Annual vaccination report of Bihar and Orissa - 1911-1928
Year: 1911
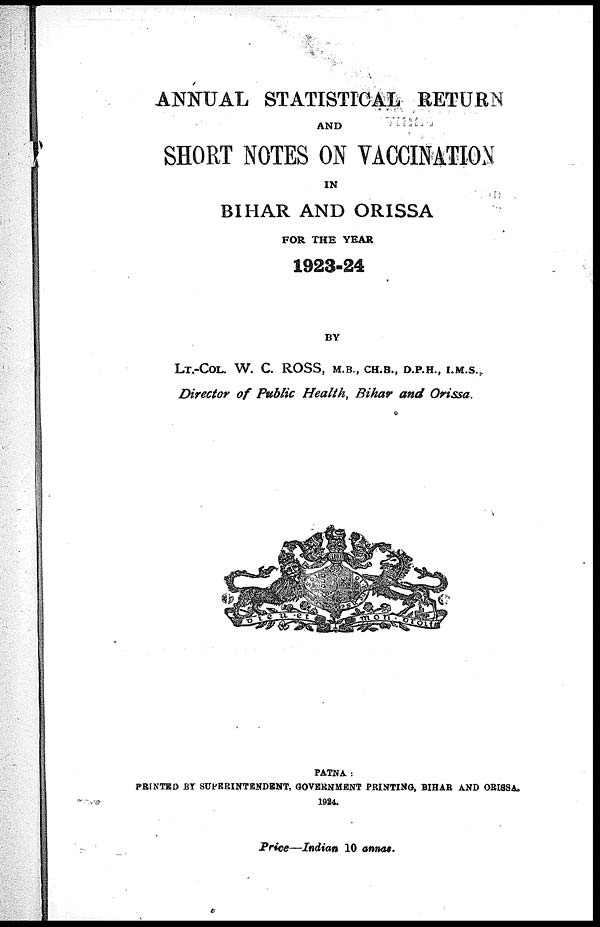
ANNUAL STATISTICAL RETURN
AND
SHORT NOTES ON VACCINATION
IN
BIHAR AND ORISSA
FOR THE YEAR
1923-24
BY
LT.-COL. W. C. ROSS, M.B., CH.B., D.P.H., I.M.S.,
Director of Public Health, Bihar and Orissa.
PATNA :
PRINTED BY SUPERINTENDENT, GOVERNMENT PRINTING, BIHAR AND ORISSA.
1924.
Price—Indian 10 annas.